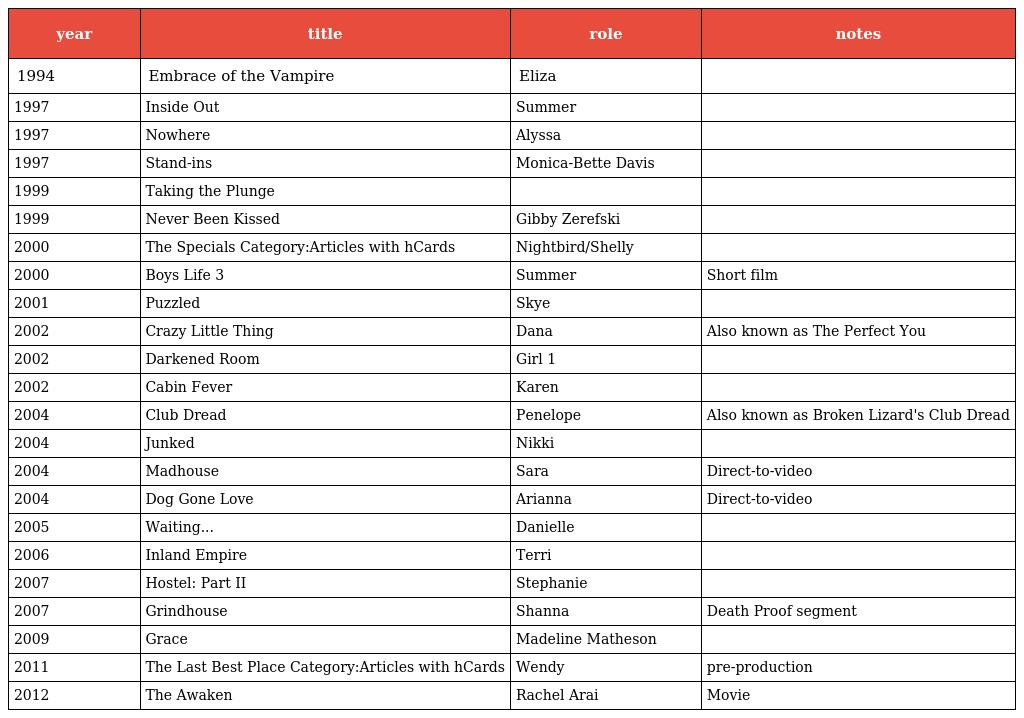
| year | title | role | notes |
 | --- | --- | --- | --- |
 | 1994 | Embrace of the Vampire | Eliza |  |
 | 1997 | Inside Out | Summer |  |
 | 1997 | Nowhere | Alyssa |  |
 | 1997 | Stand-ins | Monica-Bette Davis |  |
 | 1999 | Taking the Plunge |  |  |
 | 1999 | Never Been Kissed | Gibby Zerefski |  |
 | 2000 | The Specials Category:Articles with hCards | Nightbird/Shelly |  |
 | 2000 | Boys Life 3 | Summer | Short film |
 | 2001 | Puzzled | Skye |  |
 | 2002 | Crazy Little Thing | Dana | Also known as The Perfect You |
 | 2002 | Darkened Room | Girl 1 |  |
 | 2002 | Cabin Fever | Karen |  |
 | 2004 | Club Dread | Penelope | Also known as Broken Lizard's Club Dread |
 | 2004 | Junked | Nikki |  |
 | 2004 | Madhouse | Sara | Direct-to-video |
 | 2004 | Dog Gone Love | Arianna | Direct-to-video |
 | 2005 | Waiting... | Danielle |  |
 | 2006 | Inland Empire | Terri |  |
 | 2007 | Hostel: Part II | Stephanie |  |
 | 2007 | Grindhouse | Shanna | Death Proof segment |
 | 2009 | Grace | Madeline Matheson |  |
 | 2011 | The Last Best Place Category:Articles with hCards | Wendy | pre-production |
 | 2012 | The Awaken | Rachel Arai | Movie |